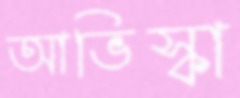
আভিস্কা